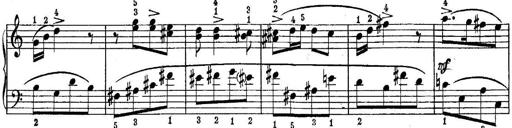
Title: Quatres sonatines
Composer: Tadeusz Joteyko